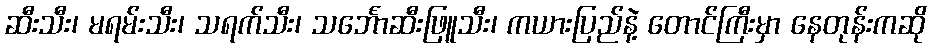
ဆီးသီး၊ မရမ်းသီး၊ သရက်သီး၊ သင်္ဘောဆီးဖြူသီး၊ ကယားပြည်နဲ့ တောင်ကြီးမှာ နေတုန်းကဆို